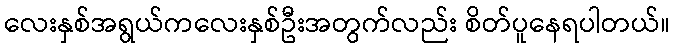
လေးနှစ်အရွယ်ကလေးနှစ်ဦးအတွက်လည်း စိတ်ပူနေရပါတယ်။